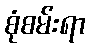
စုံစမ်းရာ